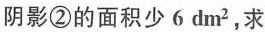
阴影②的面积少了6dm^2,求